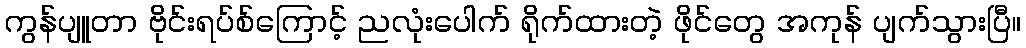
ကွန်ပျူတာ ဗိုင်းရပ်စ်ကြောင့် ညလုံးပေါက် ရိုက်ထားတဲ့ ဖိုင်တွေ အကုန် ပျက်သွားပြီ။